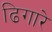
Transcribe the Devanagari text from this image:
ढिगारे